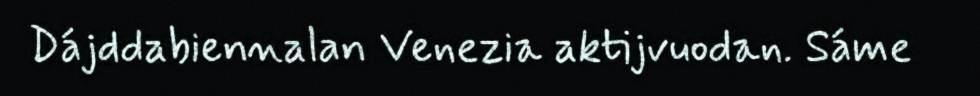
Dájddabiennalan Venezia aktijvuodan. Sáme